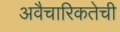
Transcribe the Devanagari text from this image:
अवैचारिकतेची